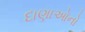
દાણાઓનો